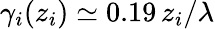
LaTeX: \gamma_{i}(z_{i})\simeq 0.19\, z_{i}/\lambda